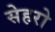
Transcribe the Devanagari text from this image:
सेहरो